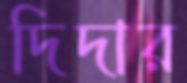
দিদার